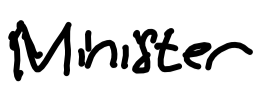
Text: Minister
Cross-out: clean
Writing tool: digital_black